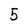
Character: 5